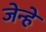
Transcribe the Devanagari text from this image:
जेन्हे